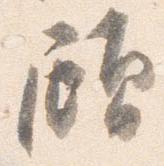
顧